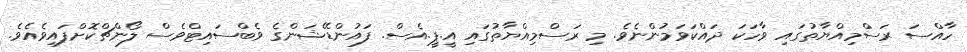
ހާއްސަ ރަސްމިއްޔާތުގައި ވާހަކަ ދައްކަވަމުންނެވެ. މި ރަސްމިއްޔާތުގައި އީ.ޕީ.އެސް. ފައުންޑޭޝަންގެ ވެބްސައިޓްވެސް ލޯންޗްކޮށްފައިވެއެވެ.